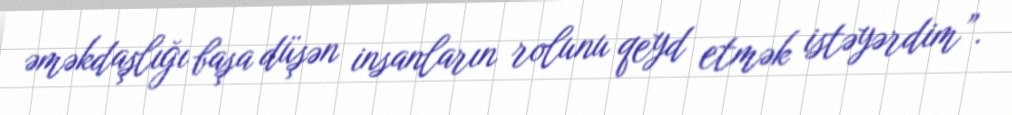
əməkdaşlığı başa düşən insanların rolunu qeyd etmək istəyərdim”.